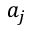
a _ { j }